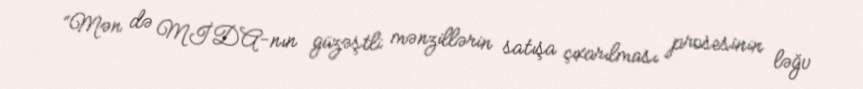
“Mən də MİDA-nın güzəştli mənzillərin satışa çıxarılması prosesinin ləğv